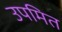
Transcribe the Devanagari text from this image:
उपमित